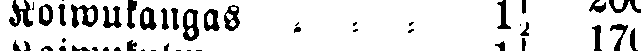
Koiwukangas - - - 1½ 170